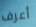
أعرف